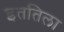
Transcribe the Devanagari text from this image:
इततिला